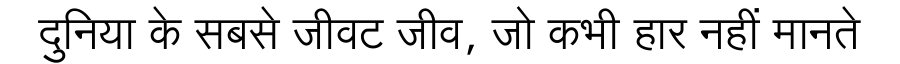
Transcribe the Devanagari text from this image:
दुनिया के सबसे जीवट जीव, जो कभी हार नहीं मानते